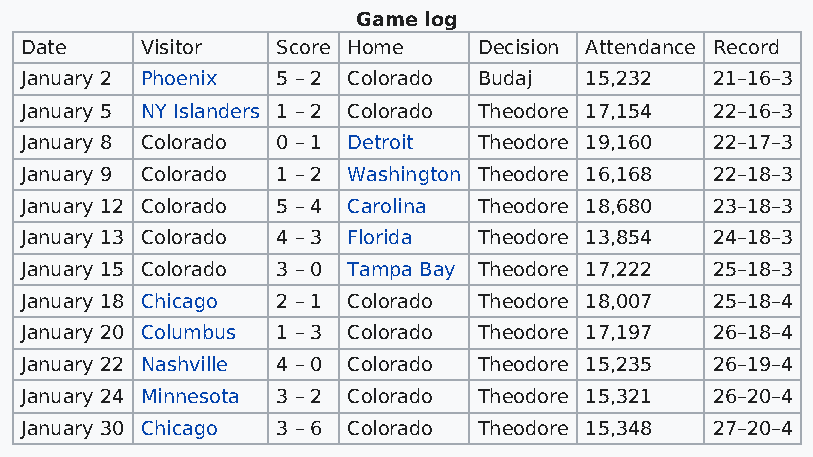
Game log
 Date    Visitor  Score Home    Decision Attendance Record
 January 2 Phoenix 5 – 2 Colorado Budaj 15,232 21–16–3
 January 5 NY Islanders 1 – 2 Colorado Theodore 17,154 22–16–3
 January 8 Colorado 0 – 1 Detroit Theodore 19,160 22–17–3
 January 9 Colorado 1 – 2 Washington Theodore 16,168 22–18–3
 January 12 Colorado 5 – 4 Carolina Theodore 18,680 23–18–3
 January 13 Colorado 4 – 3 Florida Theodore 13,854 24–18–3
 January 15 Colorado 3 – 0 Tampa Bay Theodore 17,222 25–18–3
 January 18 Chicago 2 – 1 Colorado Theodore 18,007 25–18–4
 January 20 Columbus 1 – 3 Colorado Theodore 17,197 26–18–4
 January 22 Nashville 4 – 0 Colorado Theodore 15,235 26–19–4
 January 24 Minnesota 3 – 2 Colorado Theodore 15,321 26–20–4
 January 30 Chicago 3 – 6 Colorado Theodore 15,348 27–20–4